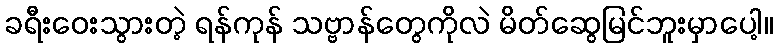
ခရီးဝေးသွားတဲ့ ရန်ကုန် သဗ္ဗာန်တွေကိုလဲ မိတ်ဆွေမြင်ဘူးမှာပေါ့။